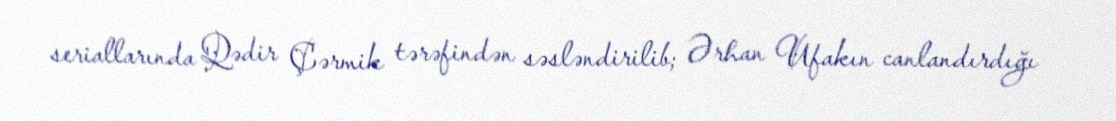
seriallarında Qədir Çərmik tərəfindən səsləndirilib; Ərhan Ufakın canlandırdığı